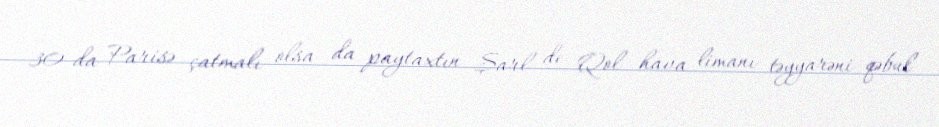
30-da Parisə çatmalı olsa da paytaxtın Şarl de Qol hava limanı təyyarəni qəbul